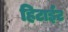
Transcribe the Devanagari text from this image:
हिटाईट